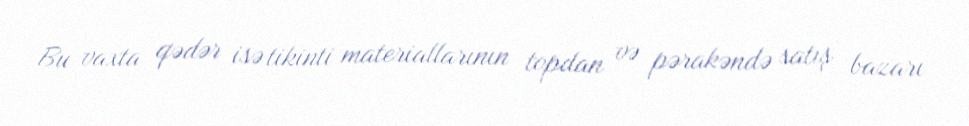
Bu vaxta qədər isə tikinti materiallarının topdan və pərakəndə satış bazarı